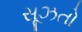
સૂઝતો